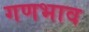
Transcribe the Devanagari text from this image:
गणभाव